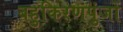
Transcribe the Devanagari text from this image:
बहुकिरणपुंजों